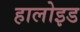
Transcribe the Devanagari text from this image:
हालोइड